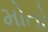
મોતો